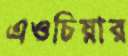
এওচিয়ার